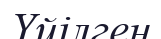
Үйілген